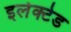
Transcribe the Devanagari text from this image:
इलेक्टेड